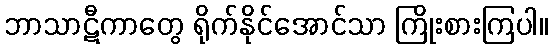
ဘာသာဋီကာတွေ ရိုက်နိုင်အောင်သာ ကြိုးစားကြပါ။